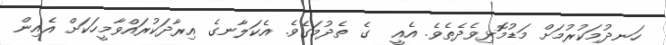
ހަނދުމަކުރުމަށް މަޑުމޮޅިވެދެތެވެ. އެއީ  ގެ ތެދުމަގެވެ. އެކަލާނގެ އިރާދަކުރައްވާމީހަކަށް އެއިން